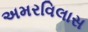
અમરવિલાસ